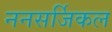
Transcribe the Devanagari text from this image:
ननसर्जिकल